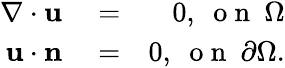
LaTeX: \begin{array}{rlr}{\nabla\cdot\mathbf{u}}&{{}=}&{0,\ \mathrm{~o~n~}\ \Omega}\\ {\mathbf{u}\cdot\mathbf{n}}&{{}=}&{0,\ \mathrm{~o~n~}\ \partial\Omega.}\end{array}